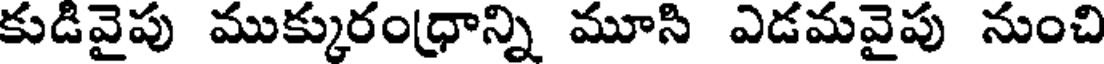
కుడివైపు ముక్కురంధ్రాన్ని మూసి ఎడమవైపు నుంచి